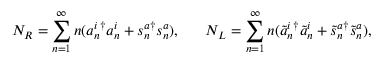
N _ { R } = \sum _ { n = 1 } ^ { \infty } n ( a _ { n } ^ { i } { } ^ { \dagger } a _ { n } ^ { i } + s _ { n } ^ { a } { } ^ { \dagger } s _ { n } ^ { a } ) , ~ ~ ~ ~ ~ N _ { L } = \sum _ { n = 1 } ^ { \infty } n ( \tilde { a } _ { n } ^ { i } { } ^ { \dagger } \tilde { a } _ { n } ^ { i } + \tilde { s } _ { n } ^ { a } { } ^ { \dagger } \tilde { s } _ { n } ^ { a } ) ,